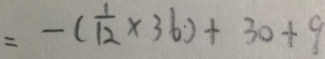
= - ( \frac { 1 } { 1 2 } \times 3 6 ) + 3 0 + 9